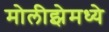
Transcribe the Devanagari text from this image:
मोलीझेमध्ये